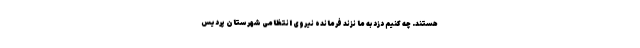
هستند. چه کنیم دزد به ما نزند فرمانده نیروی انتظامی شهرستان پردیس